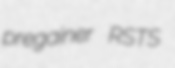
pregainer RSTS